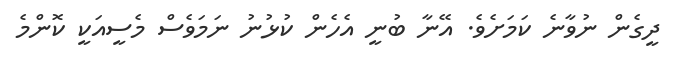
ދީގެން ނުވާނެ ކަމަށެވެ. އޭނާ ބުނީ އެހެން ކުޅުނު ނަމަވެސް މެސީއަކީ ކޮންމެ